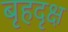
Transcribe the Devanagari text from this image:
बृहदृक्ष